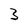
Character: 3